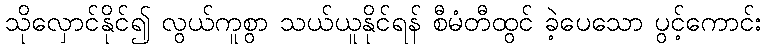
သိုလှောင်နိုင်၍ လွယ်ကူစွာ သယ်ယူနိုင်ရန် စီမံတီထွင် ခဲ့ပေသော ပွင့်ကောင်း